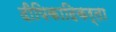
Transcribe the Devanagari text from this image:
दीपिकादिकर्ता